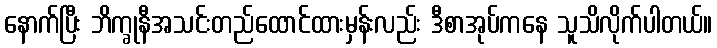
နောက်ပြီး ဘိက္ခုနီအသင်းတည်ထောင်ထားမှန်းလည်း ဒီစာအုပ်ကနေ သူသိလိုက်ပါတယ်။